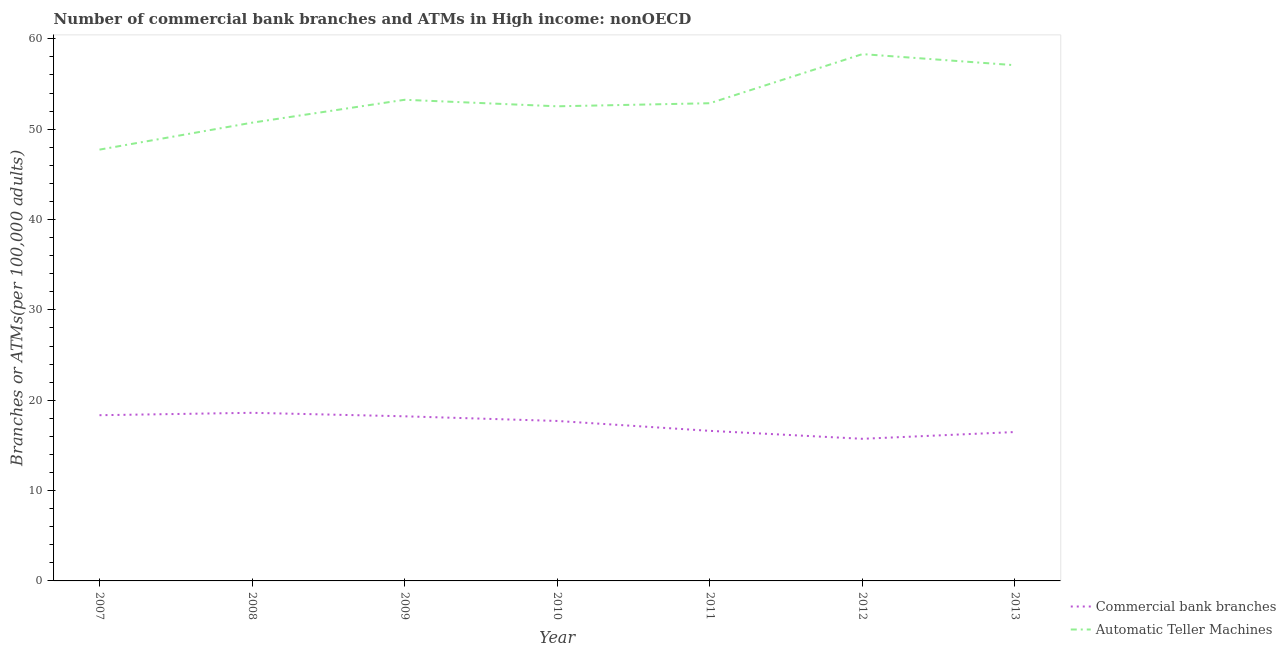
| Year | Commercial bank branches | Automatic Teller Machines |
 | --- | --- | --- |
 | 2007 | 18.3 | 47.7 |
 | 2008 | 18.6 | 50.7 |
 | 2009 | 18.2 | 53.3 |
 | 2010 | 17.7 | 52.5 |
 | 2011 | 16.6 | 52.9 |
 | 2012 | 15.7 | 58.3 |
 | 2013 | 16.5 | 57.1 |